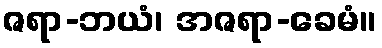
ဇရာ-ဘယံ၊ အဇရာ-ခေမံ။